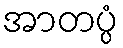
အာတပ္ပံ